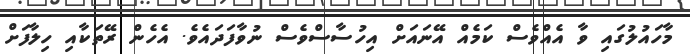
މާހައުލުގައި ވާ އެއްވެސް ކަމެއް އޭނައަށް އިހުސާސްވެސް ނުވާފަދައެވެ. އެހެން ރޭތަކާއި ހިލާފަށް